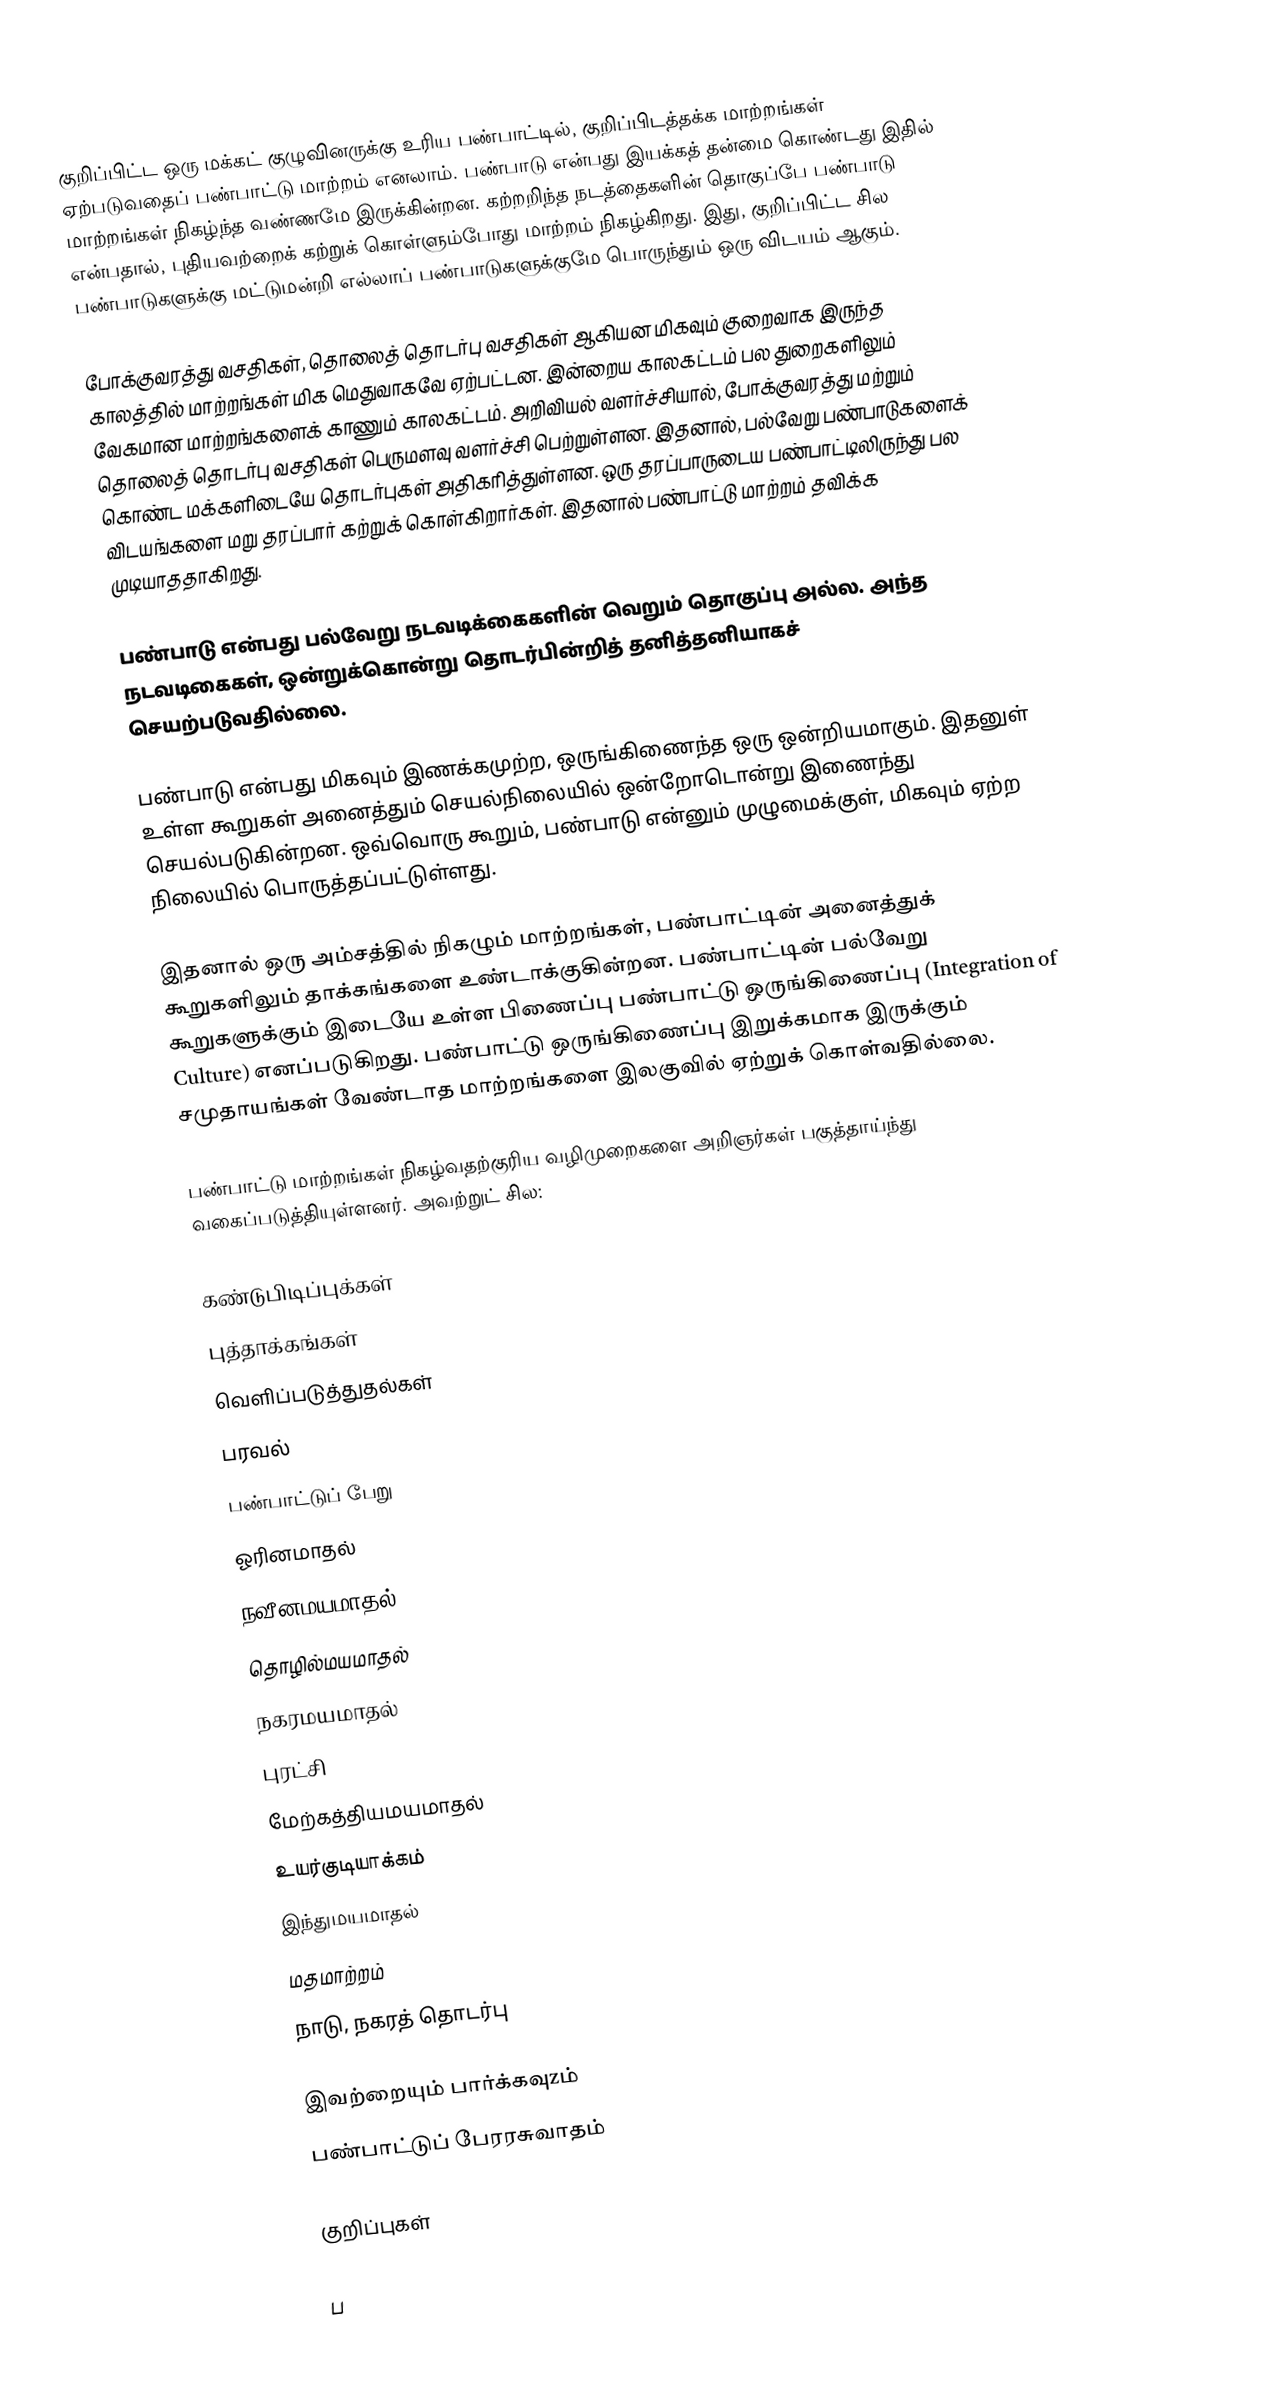
குறிப்பிட்ட ஒரு மக்கட் குழுவினருக்கு உரிய பண்பாட்டில், குறிப்பிடத்தக்க மாற்றங்கள் ஏற்படுவதைப் பண்பாட்டு மாற்றம் எனலாம். பண்பாடு என்பது இயக்கத் தன்மை கொண்டது இதில் மாற்றங்கள் நிகழ்ந்த வண்ணமே இருக்கின்றன. கற்றறிந்த நடத்தைகளின் தொகுப்பே பண்பாடு என்பதால், புதியவற்றைக் கற்றுக் கொள்ளும்போது மாற்றம் நிகழ்கிறது. இது, குறிப்பிட்ட சில பண்பாடுகளுக்கு மட்டுமன்றி எல்லாப் பண்பாடுகளுக்குமே பொருந்தும் ஒரு விடயம் ஆகும்.

போக்குவரத்து வசதிகள், தொலைத் தொடர்பு வசதிகள் ஆகியன மிகவும் குறைவாக இருந்த காலத்தில் மாற்றங்கள் மிக மெதுவாகவே ஏற்பட்டன. இன்றைய காலகட்டம் பல துறைகளிலும் வேகமான மாற்றங்களைக் காணும் காலகட்டம். அறிவியல் வளர்ச்சியால், போக்குவரத்து மற்றும் தொலைத் தொடர்பு வசதிகள் பெருமளவு வளர்ச்சி பெற்றுள்ளன. இதனால், பல்வேறு பண்பாடுகளைக் கொண்ட மக்களிடையே தொடர்புகள் அதிகரித்துள்ளன. ஒரு தரப்பாருடைய பண்பாட்டிலிருந்து பல விடயங்களை மறு தரப்பார் கற்றுக் கொள்கிறார்கள். இதனால் பண்பாட்டு மாற்றம் தவிக்க முடியாததாகிறது.

பண்பாடு என்பது பல்வேறு நடவடிக்கைகளின் வெறும் தொகுப்பு அல்ல. அந்த நடவடிகைகள், ஒன்றுக்கொன்று தொடர்பின்றித் தனித்தனியாகச் செயற்படுவதில்லை.

 பண்பாடு என்பது மிகவும் இணக்கமுற்ற, ஒருங்கிணைந்த ஒரு ஒன்றியமாகும். இதனுள் உள்ள கூறுகள் அனைத்தும் செயல்நிலையில் ஒன்றோடொன்று இணைந்து செயல்படுகின்றன. ஒவ்வொரு கூறும், பண்பாடு என்னும் முழுமைக்குள், மிகவும் ஏற்ற நிலையில் பொருத்தப்பட்டுள்ளது.

இதனால் ஒரு அம்சத்தில் நிகழும் மாற்றங்கள், பண்பாட்டின் அனைத்துக் கூறுகளிலும் தாக்கங்களை உண்டாக்குகின்றன. பண்பாட்டின் பல்வேறு கூறுகளுக்கும் இடையே உள்ள பிணைப்பு பண்பாட்டு ஒருங்கிணைப்பு (Integration of Culture) எனப்படுகிறது. பண்பாட்டு ஒருங்கிணைப்பு இறுக்கமாக இருக்கும் சமுதாயங்கள் வேண்டாத மாற்றங்களை இலகுவில் ஏற்றுக் கொள்வதில்லை.

பண்பாட்டு மாற்றங்கள் நிகழ்வதற்குரிய வழிமுறைகளை அறிஞர்கள் பகுத்தாய்ந்து வகைப்படுத்தியுள்ளனர். அவற்றுட் சில:

 கண்டுபிடிப்புக்கள்
 புத்தாக்கங்கள்
 வெளிப்படுத்துதல்கள்
 பரவல்
 பண்பாட்டுப் பேறு
 ஓரினமாதல்
 நவீனமயமாதல்
 தொழில்மயமாதல்
 நகரமயமாதல்
 புரட்சி
 மேற்கத்தியமயமாதல்
 உயர்குடியாக்கம்
 இந்துமயமாதல்
 மதமாற்றம்
 நாடு, நகரத் தொடர்பு

இவற்றையும் பார்க்கவுzம்
 பண்பாட்டுப் பேரரசுவாதம்

குறிப்புகள்

ப